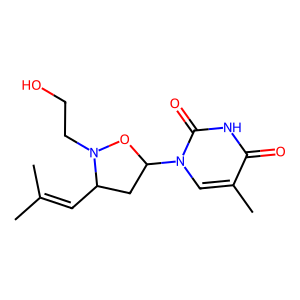
SMILES: CC(C)=CC1CC(n2cc(C)c(=O)[nH]c2=O)ON1CCO
Inhibits HIV replication: No